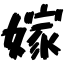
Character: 嫁